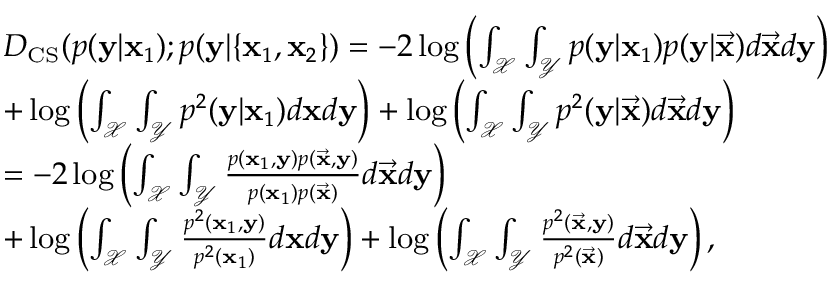
\small \begin{array} { r l } & { D _ { \mathrm { C S } } ( p ( \mathbf { y } | \mathbf { x } _ { 1 } ) ; p ( \mathbf { y } | \{ \mathbf { x } _ { 1 } , \mathbf { x } _ { 2 } \} ) = - 2 \log \left( \int _ { \mathcal { X } } \int _ { \mathcal { Y } } p ( \mathbf { y } | \mathbf { x } _ { 1 } ) p ( \mathbf { y } | \vec { \mathbf { x } } ) d \vec { \mathbf { x } } d \mathbf { y } \right) } \\ & { + \log \left( \int _ { \mathcal { X } } \int _ { \mathcal { Y } } p ^ { 2 } ( \mathbf { y } | \mathbf { x } _ { 1 } ) d \mathbf { x } d \mathbf { y } \right) + \log \left( \int _ { \mathcal { X } } \int _ { \mathcal { Y } } p ^ { 2 } ( \mathbf { y } | \vec { \mathbf { x } } ) d \vec { \mathbf { x } } d \mathbf { y } \right) } \\ & { = - 2 \log \left( \int _ { \mathcal { X } } \int _ { \mathcal { Y } } \frac { p ( \mathbf { x } _ { 1 } , \mathbf { y } ) p ( \vec { \mathbf { x } } , \mathbf { y } ) } { p ( \mathbf { x } _ { 1 } ) p ( \vec { \mathbf { x } } ) } d \vec { \mathbf { x } } d \mathbf { y } \right) } \\ & { + \log \left( \int _ { \mathcal { X } } \int _ { \mathcal { Y } } \frac { p ^ { 2 } ( \mathbf { x } _ { 1 } , \mathbf { y } ) } { p ^ { 2 } ( \mathbf { x } _ { 1 } ) } d \mathbf { x } d \mathbf { y } \right) + \log \left( \int _ { \mathcal { X } } \int _ { \mathcal { Y } } \frac { p ^ { 2 } ( \vec { \mathbf { x } } , \mathbf { y } ) } { p ^ { 2 } ( \vec { \mathbf { x } } ) } d \vec { \mathbf { x } } d \mathbf { y } \right) , } \end{array}